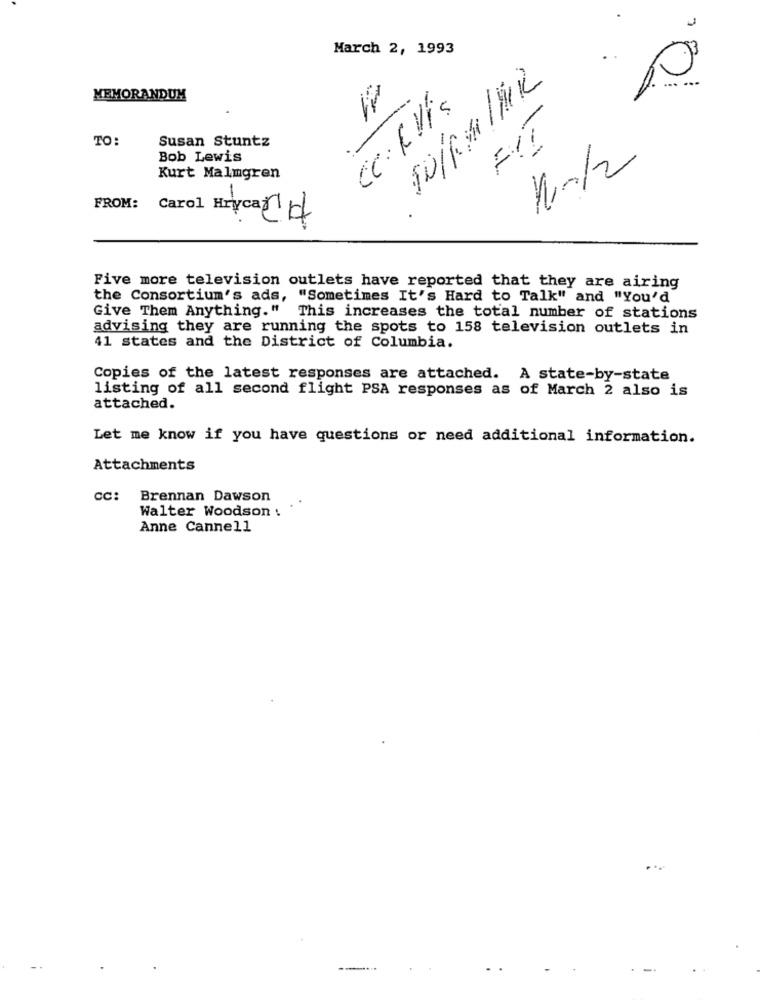
March 2, 1993
SOIRM/HR
MEMORANDUM
17
---
CC: RVis
-
TO:
Susan Stuntz
FII
Bob Lewis
110/2
Kurt Malmgren
FROM: Carol Hryca CH
Five more television outlets have reported that they are airing
the Consortium's ads, "Sometimes It's Hard to Talk" and "You'd
Give Them Anything." This increases the total number of stations
advising they are running the spots to 158 television outlets in
41 states and the District of Columbia.
Copies of the latest responses are attached. A state-by-state
listing of all second flight PSA responses as of March 2 also is
attached.
Let me know if you have questions or need additional information.
Attachments
CC: Brennan Dawson
Walter Woodson :
Anne Cannell